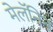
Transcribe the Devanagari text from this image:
मेलॅनिन